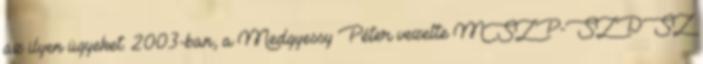
az ilyen ügyeket. 2003-ban, a Medgyessy Péter vezette MSZP-SZDSZ